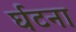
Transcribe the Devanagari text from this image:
र्घटना